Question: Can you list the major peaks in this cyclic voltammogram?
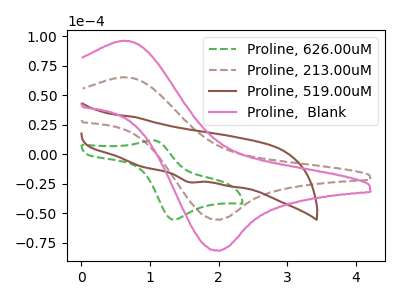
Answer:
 <answer>The green dashed curve "Proline, 626.00uM" has an anodic peak at (1.05V, 11.80uA) and a cathodic peak at (1.35V, -55.45uA). The brown dashed curve "Proline, 213.00uM" has an anodic peak at (0.60V, 65.30uA) and a cathodic peak at (2.00V, -55.45uA). The brown curve "Proline, 519.00uM" has a cathodic peak at: (1.55V, -23.55uA). The pink curve "Proline,  Blank" has an anodic peak at (0.60V, 96.20uA) and a cathodic peak at (2.00V, -81.70uA).</answer>
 <eval></eval>